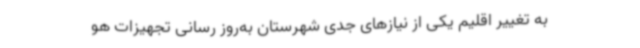
به تغییر اقلیم یکی از نیازهای جدی شهرستان به‌روز رسانی تجهیزات هو